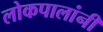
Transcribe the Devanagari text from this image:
लोकपालांनी